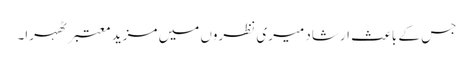
جس کے باعث ارشاد میری نظروں میں مزید معتبر ٹھہرا۔